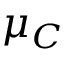
\mu _ { C }